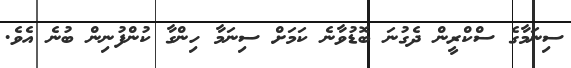
ސިނަމާގެ ސްކްރީން ދެގުނަ ބޮޑުވާނެ ކަމަށް ސިނަމާ ހިންގާ ކުންފުނިން ބުނެ އެވެ.